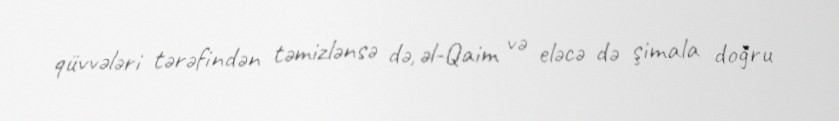
qüvvələri tərəfindən təmizlənsə də, əl-Qaim və eləcə də şimala doğru